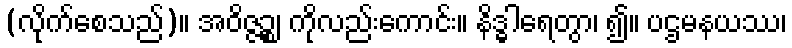
(လိုက်စေသည်)။ အဝိဇ္ဇဉ္စ၊ ကိုလည်းကောင်း။ နိဒ္ဓါရေတွာ၊ ၍။ ပဌမနယဿ၊